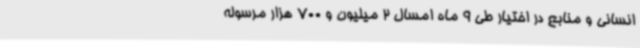
انسانی و منابع در اختیار طی 9 ماه امسال 2 میلیون و 700 هزار مرسوله